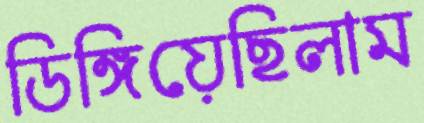
ডিঙ্গিয়েছিলাম